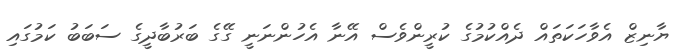
ޔާނިޒް އެވާހަކަތައް ދެއްކުމުގެ ކުރީންވެސް އޭނާ އެހުންނަނީ ގޭގެ ބަރުބާދީގެ ސަބަބު ކަމުގައި